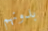
بدونهم